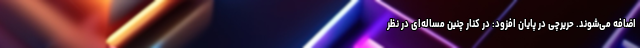
اضافه می‌شوند. حریرچی در پایان افزود: در کنار چنین مساله‌ای در نظر